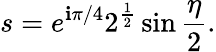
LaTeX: s=e^{\mathbf{i}\pi/4}2^{\frac{{1}}{{2}}}\sin{\frac{{\eta}}{{2}}}.